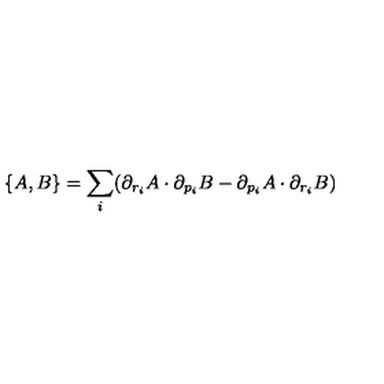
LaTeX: \{ A , B \} = \sum _ { i } ( \partial _ { r _ { i } } A \cdot \partial _ { p _ { i } } B - \partial _ { p _ { i } } A \cdot \partial _ { r _ { i } } B )